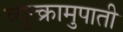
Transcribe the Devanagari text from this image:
व्युत्क्रामुपाती